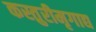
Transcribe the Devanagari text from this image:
कस्तुरीमृगाद्य